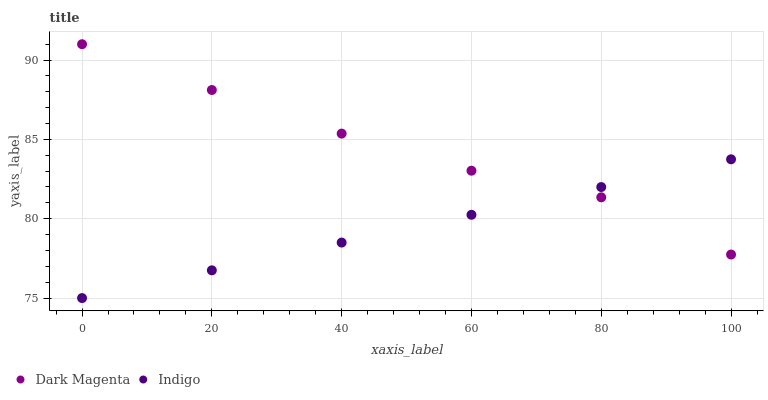
| xaxis_label | Dark Magenta | Indigo |
 | --- | --- | --- |
 | 0 | 91 | 75 |
 | 20 | 88.1 | 76.7 |
 | 40 | 85.4 | 78.5 |
 | 60 | 83 | 80.2 |
 | 80 | 81.4 | 82 |
 | 100 | 77.7 | 83.7 |